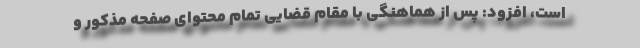
است، افزود: پس از هماهنگی با مقام قضایی تمام محتوای صفحه مذکور و